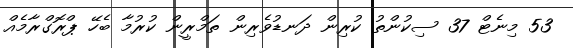
53 މިނެޓް 37 ސިކުންތު ކުރިން ދަނޑުވެރިން ތަމްރީން ކުރުމާ ބެހޭ ޕްރޮގްރާމެއް